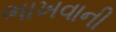
ભાખવાની